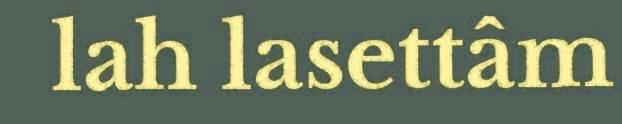
lah lasettâm